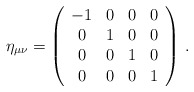
\begin{align*}\eta_{\mu\nu}=\left(\begin{array}{cccc} -1 & 0 & 0 & 0 \\ 0 & 1 & 0 & 0 \\ 0 & 0 & 1 & 0 \\ 0 & 0 & 0 & 1 \end{array}\right) \, .\end{align*}